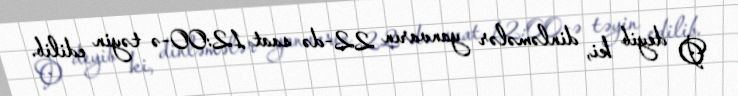
O deyib ki, dinləmələr yanvarın 22-də saat 12:00-ə təyin edilib.